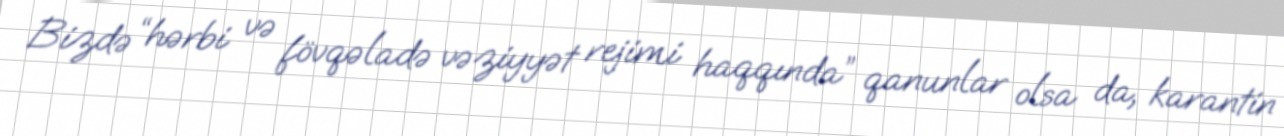
Bizdə “hərbi və fövqəladə vəziyyət rejimi haqqında” qanunlar olsa da, karantin